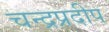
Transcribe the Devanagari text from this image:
चन्द्रप्रदीप